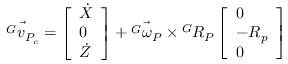
\vec { { ^ G } v _ { P _ { c } } } = \left[ \begin{array} { l } { \dot { X } } \\ { 0 } \\ { \dot { Z } } \end{array} \right] + \vec { { ^ G } \omega _ { P } } \times { ^ G } R _ { P } \left[ \begin{array} { l } { 0 } \\ { - R _ { p } } \\ { 0 } \end{array} \right]